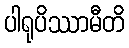
ပါရုပိဿာမီတိ